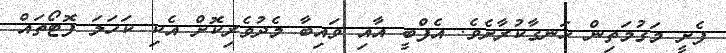
ފެށީ މަގުމަތިން ހަނގާކުރާށެވެ. އެފްބީ އާއި ވައިބާ މެދުވެރިކޮށް އެކި ކަހަލަ ފޮޓޯތައް